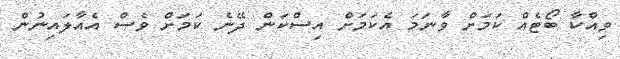
ވިއްކާ ބޯޓެއް ކަމަށް ވާނަމަ އެކަމަށް އިސްކަން ދޭނެ ކަމަށް ވެސް އެއާލައިނުން